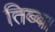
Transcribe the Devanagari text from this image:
तिब्ब।